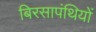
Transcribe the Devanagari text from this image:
बिरसापंथियों